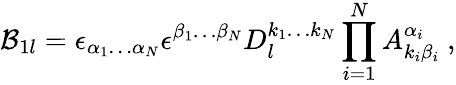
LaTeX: {\cal B}_{1l}=\epsilon_{\alpha_{1}\ldots\alpha_{N}}\epsilon^{\beta_{1}\ldots\beta_{N}}D_{l}^{k_{1}\ldots k_{N}}\prod_{i=1}^{N}A_{k_{i}\beta_{i}}^{\alpha_{i}}\ ,